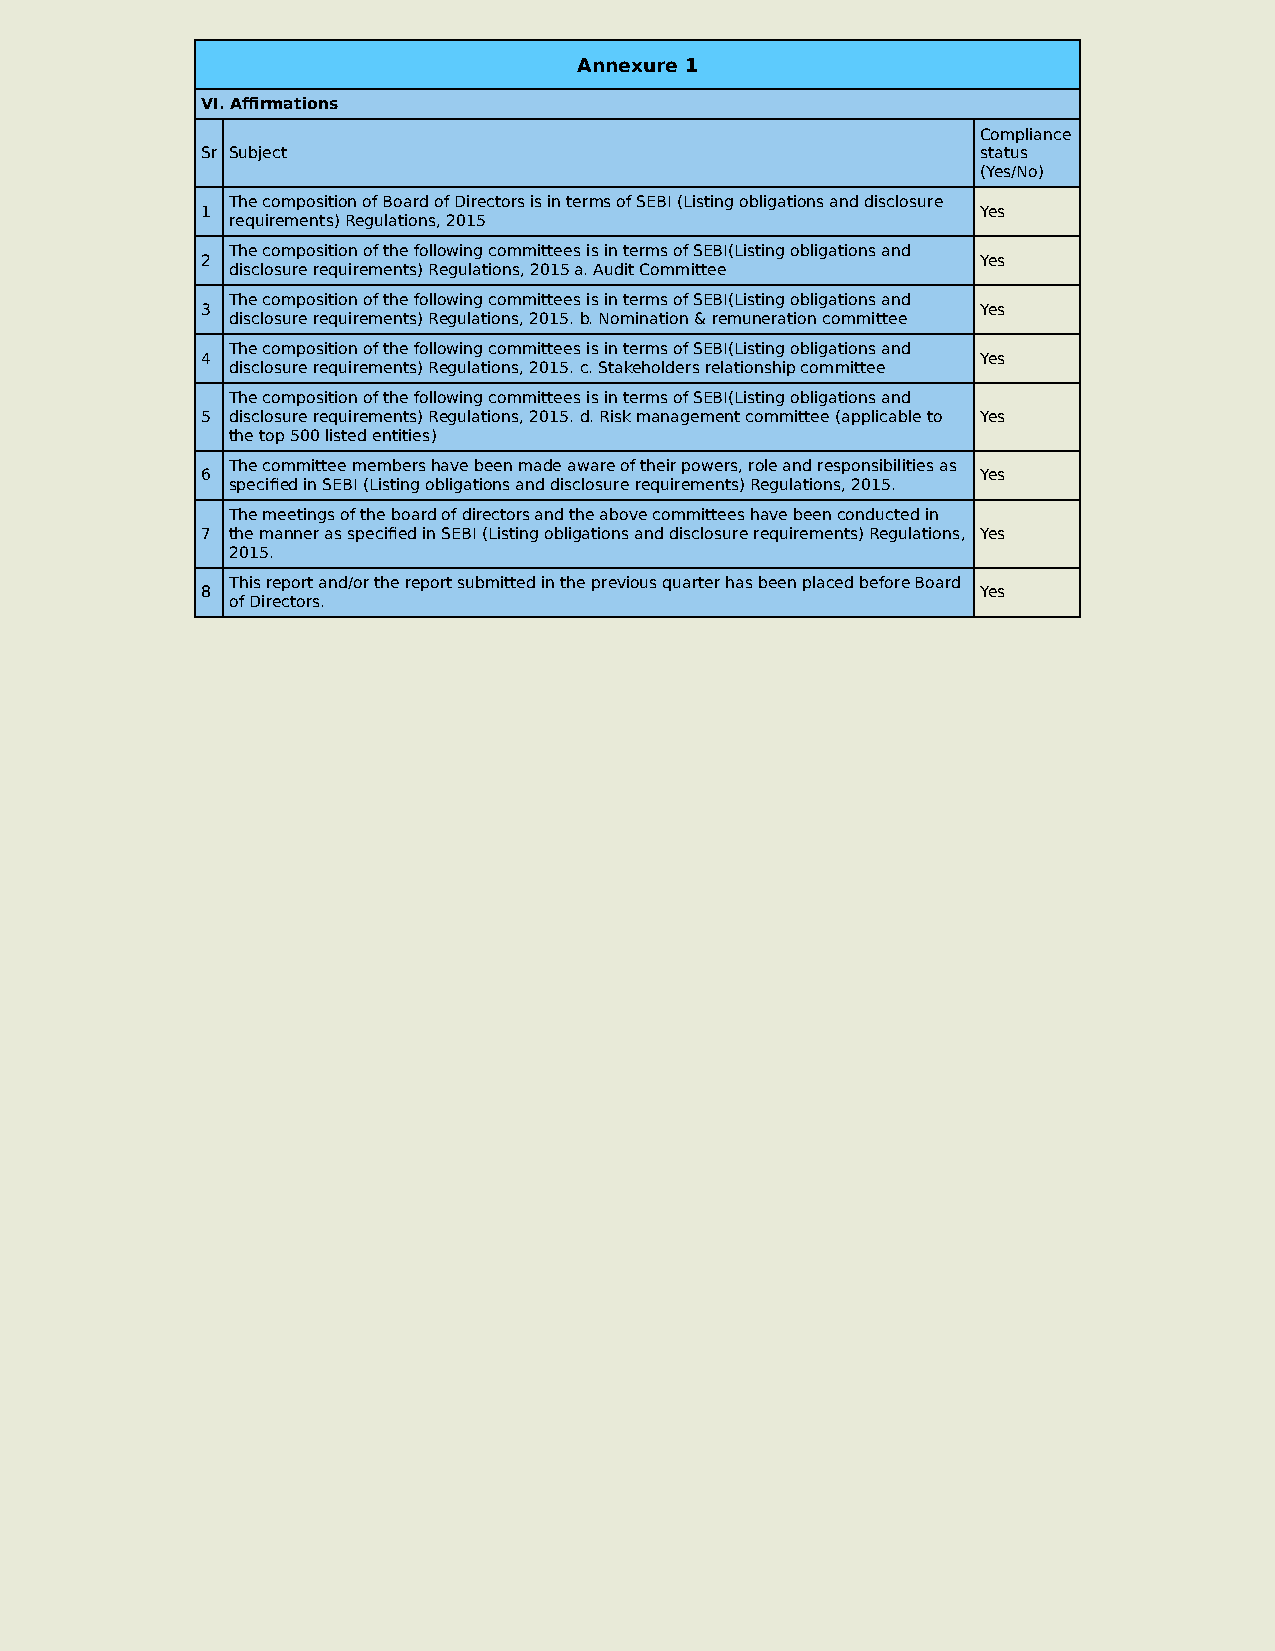
Annexure 1
 VI. Affirmations
 Compliance
 Sr Subject                                          status
 (Yes/No)
 The composition of Board of Directors is in terms of SEBI (Listing obligations and disclosure
 1                                                   Yes
 requirements) Regulations, 2015
 The composition of the following committees is in terms of SEBI(Listing obligations and
 2                                                   Yes
 disclosure requirements) Regulations, 2015 a. Audit Committee
 The composition of the following committees is in terms of SEBI(Listing obligations and
 3                                                   Yes
 disclosure requirements) Regulations, 2015. b. Nomination & remuneration committee
 The composition of the following committees is in terms of SEBI(Listing obligations and
 4                                                   Yes
 disclosure requirements) Regulations, 2015. c. Stakeholders relationship committee
 The composition of the following committees is in terms of SEBI(Listing obligations and
 5 disclosure requirements) Regulations, 2015. d. Risk management committee (applicable to Yes
 the top 500 listed entities)
 The committee members have been made aware of their powers, role and responsibilities as
 6                                                   Yes
 specified in SEBI (Listing obligations and disclosure requirements) Regulations, 2015.
 The meetings of the board of directors and the above committees have been conducted in
 7 the manner as specified in SEBI (Listing obligations and disclosure requirements) Regulations, Yes
 2015.
 This report and/or the report submitted in the previous quarter has been placed before Board
 8                                                   Yes
 of Directors.